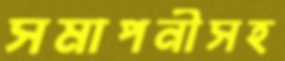
সমাপনীসহ